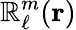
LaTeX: \mathbb{R}_{\ell}^{m}(\mathbf{{r}})